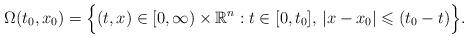
LaTeX: \begin{align*}\Omega(t_0,x_0)=\Big\{(t,x)\in [0,\infty)\times \mathbb{R}^n: t\in [0,t_0], \, |x-x_0|\leqslant (t_0-t) \Big\}.\end{align*}